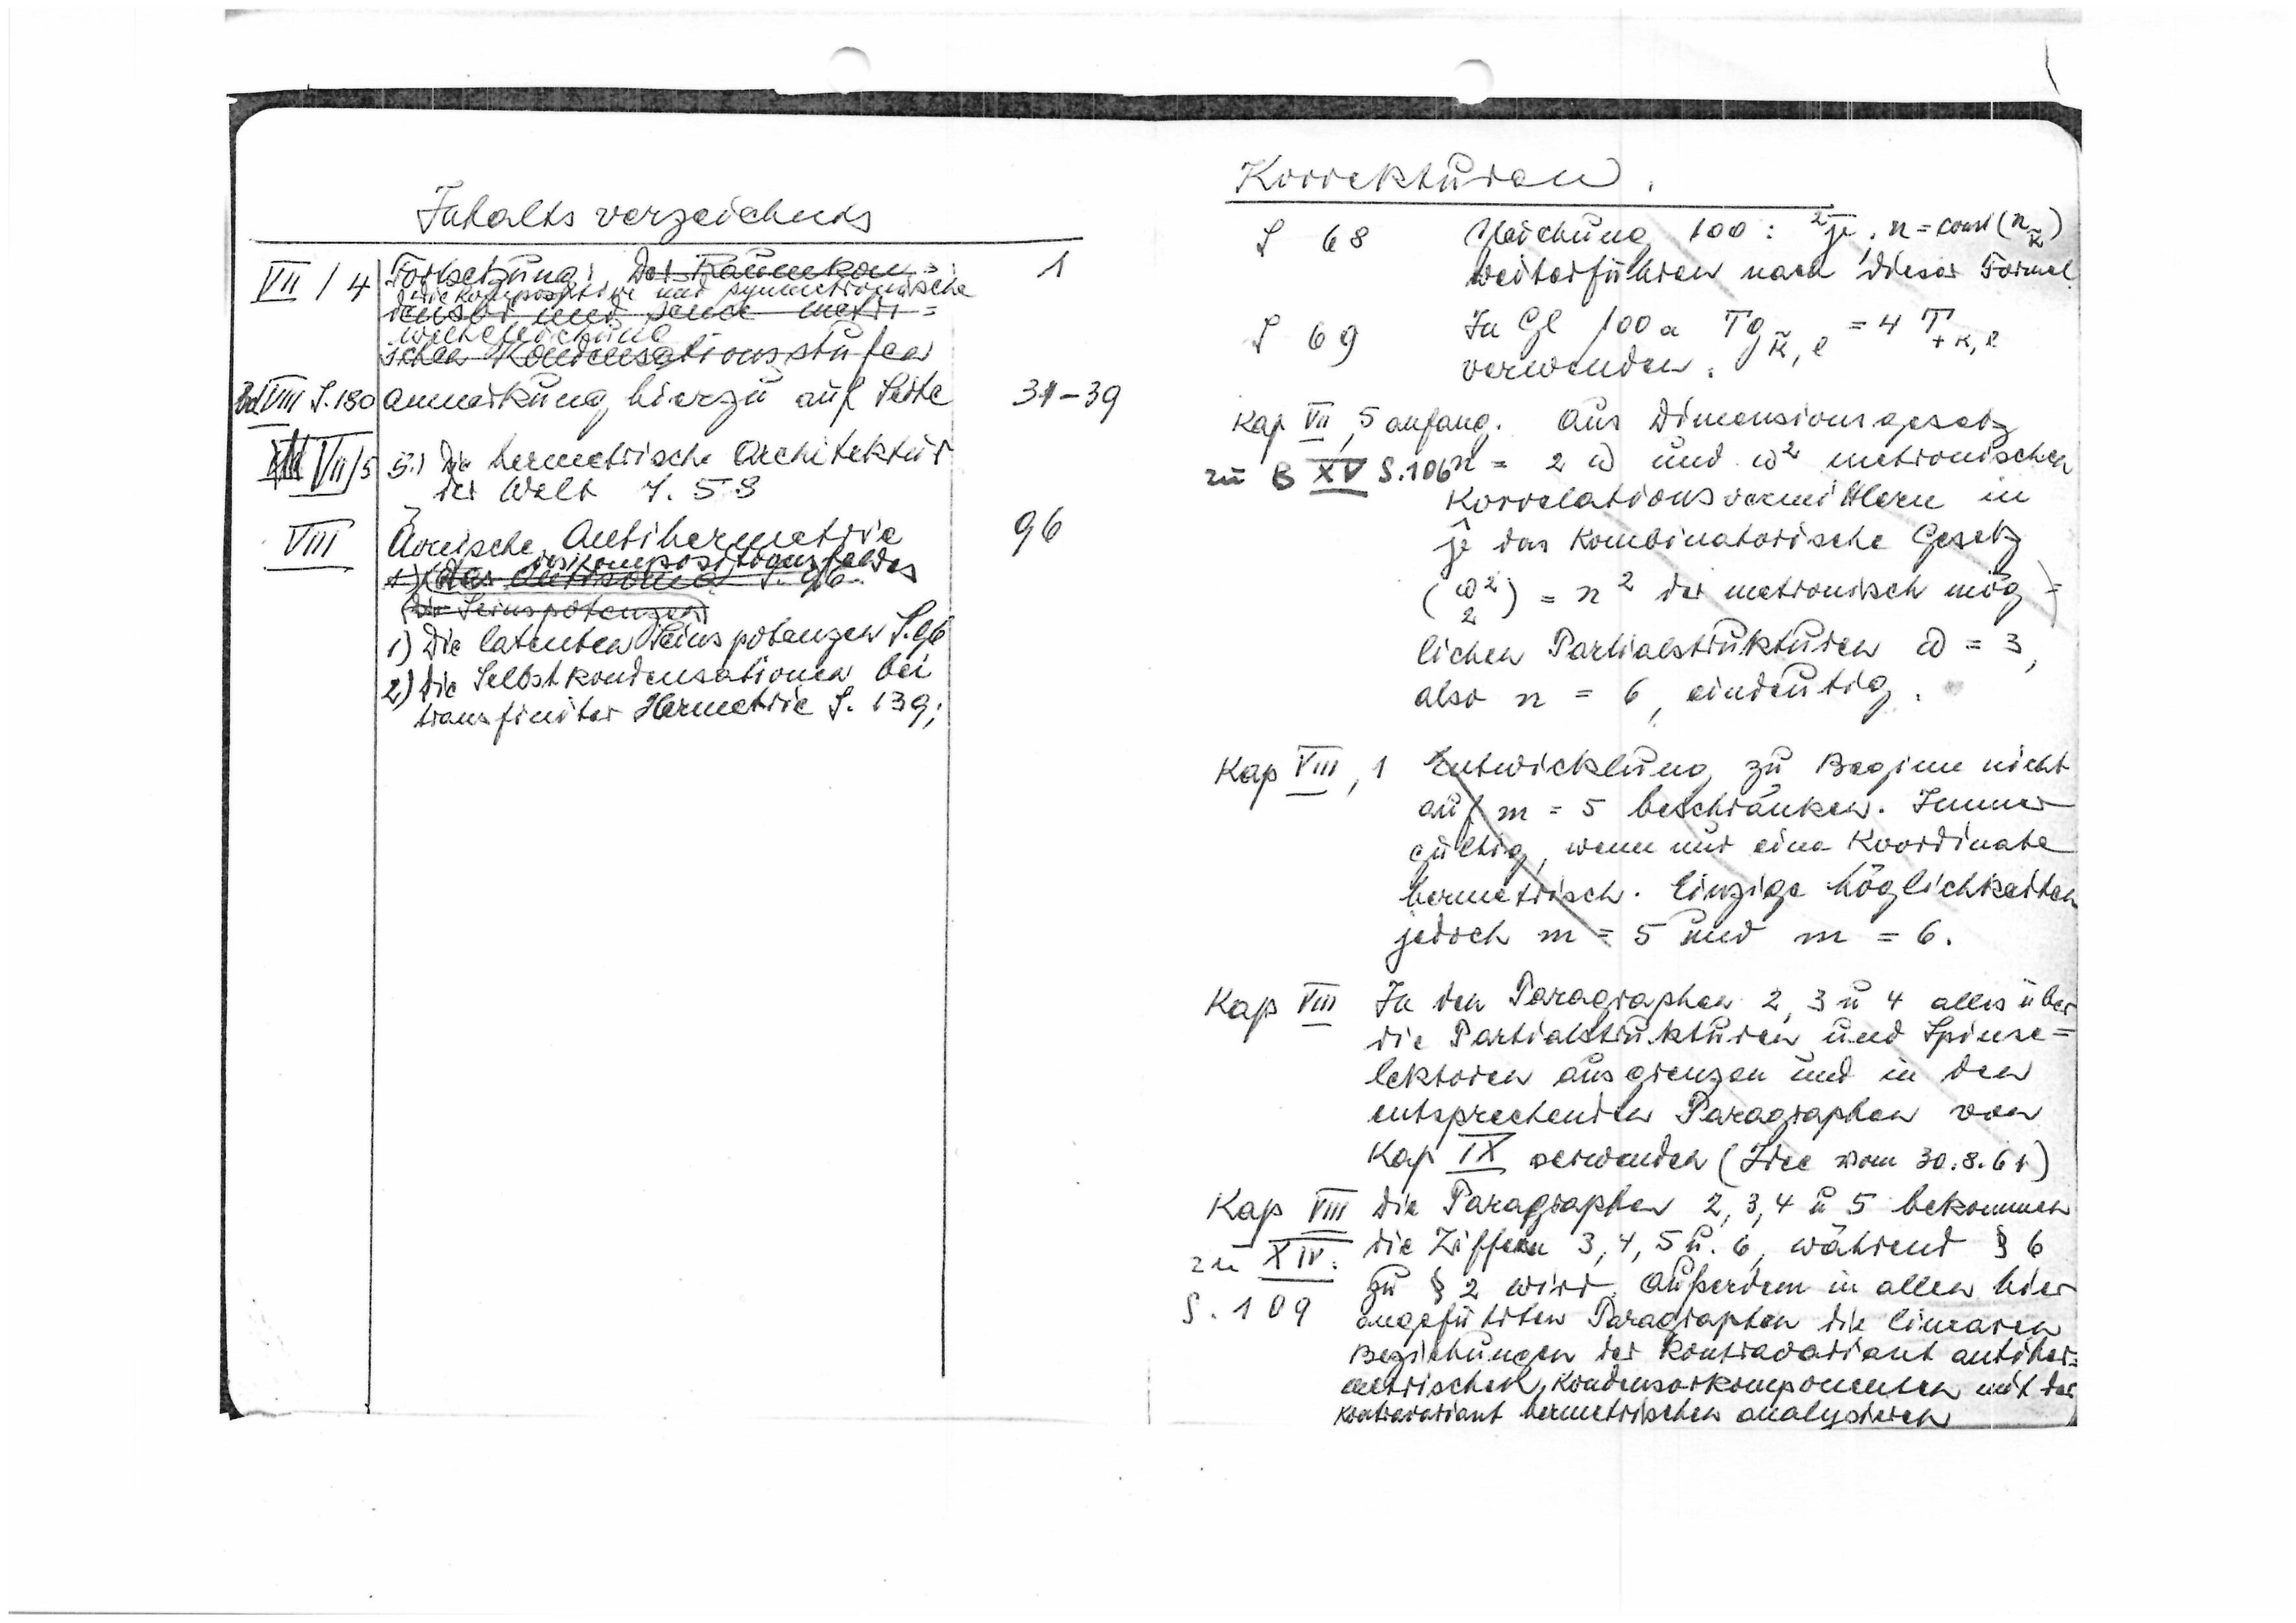
VII/4
Bd. VIII S. 180
VII / 5
VIII

1
31-39
96

Korrekturen
Gleichung 100
S 68
Weiterführen nach dieser Formel
Zu Gleichung 100
S 69
1

Korrekturen
Gleichung 100

Weiterführen nach dieser Formel
Zu Gleichung 100